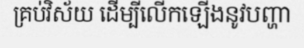
គ្រប់វិស័យ ដើម្បីលើកឡើងនូវបញ្ហា